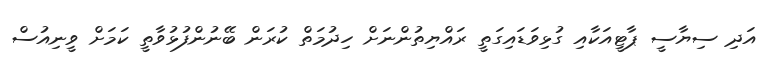
އަދި ސިޔާސީ ޕާޓީއަކާއި ގުޅިވަޑައިގަތީ ރައްޔިތުންނަށް ހިދުމަތް ކުރަން ބޭނުންފުޅުވާތީ ކަމަށް ވީނިއުސް